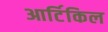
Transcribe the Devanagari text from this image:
आर्टिकिल